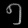
Digit: ၅